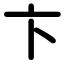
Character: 卞